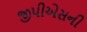
જીપીએસની